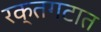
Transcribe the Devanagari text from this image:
रक्तगटात